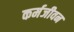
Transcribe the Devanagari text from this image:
कर्मजीवन